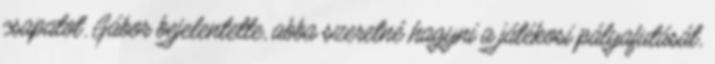
csapatot. Gábor bejelentette, abba szeretné hagyni a játékosi pályafutását,